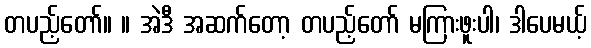
တပည့်တော်။ ။ အဲဒီ အဆက်တော့ တပည့်တော် မကြားဖူးပါ၊ ဒါပေမယ့်